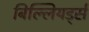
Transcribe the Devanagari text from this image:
बिल्लियर्ड्स